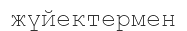
жүйектермен